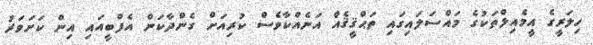
ހިލަރީގެ އީމެއިލްތަކުގެ މައްސަލައިގައި ތަޙްޤީޤެއް އަނެއްކާވެސް ކުރިއަށް ގެންދާކަން އެފްބީއައި އިން ކަށަވަރު